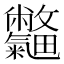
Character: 𣀽